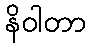
နိဝါတာ